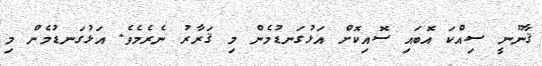
ޤާނޫނީ ސިއްކަ އޮބައި ސޮއިކޮށް އަޅުގަނޑުމެން މި ޤަރާރު ނެރެމެވެ. އަޅުގަނޑުމެން މި